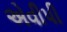
એવીપી